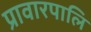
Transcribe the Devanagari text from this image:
प्रावारपालि